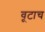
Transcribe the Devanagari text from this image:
वूटाच